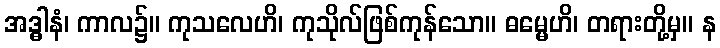
အဒ္ဓါနံ၊ ကာလ၌။ ကုသလေဟိ၊ ကုသိုလ်ဖြစ်ကုန်သော။ ဓမ္မေဟိ၊ တရားတို့မှ။ န